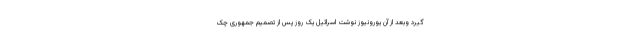
گیرد وبعد از آن يورونيوز نوشت اسرائیل یک روز پس از تصمیم جمهوری چک